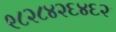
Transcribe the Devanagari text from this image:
९८२८४२६४६२